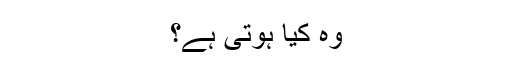
وہ کیا ہوتی ہے؟